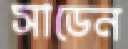
সাডেন